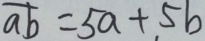
\overline { a b } = 5 a + 5 b